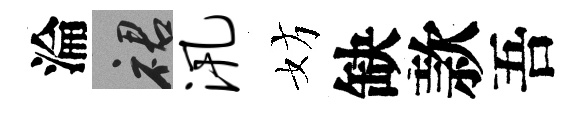
淪裙汛妨缺款吾